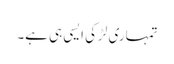
تمہاری لڑکی ایسی ہی ہے۔